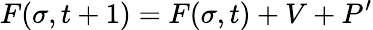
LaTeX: F(\sigma,t+1)=F(\sigma,t)+V+P^{\prime}